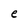
Character: e